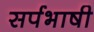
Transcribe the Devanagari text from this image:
सर्पभाषी